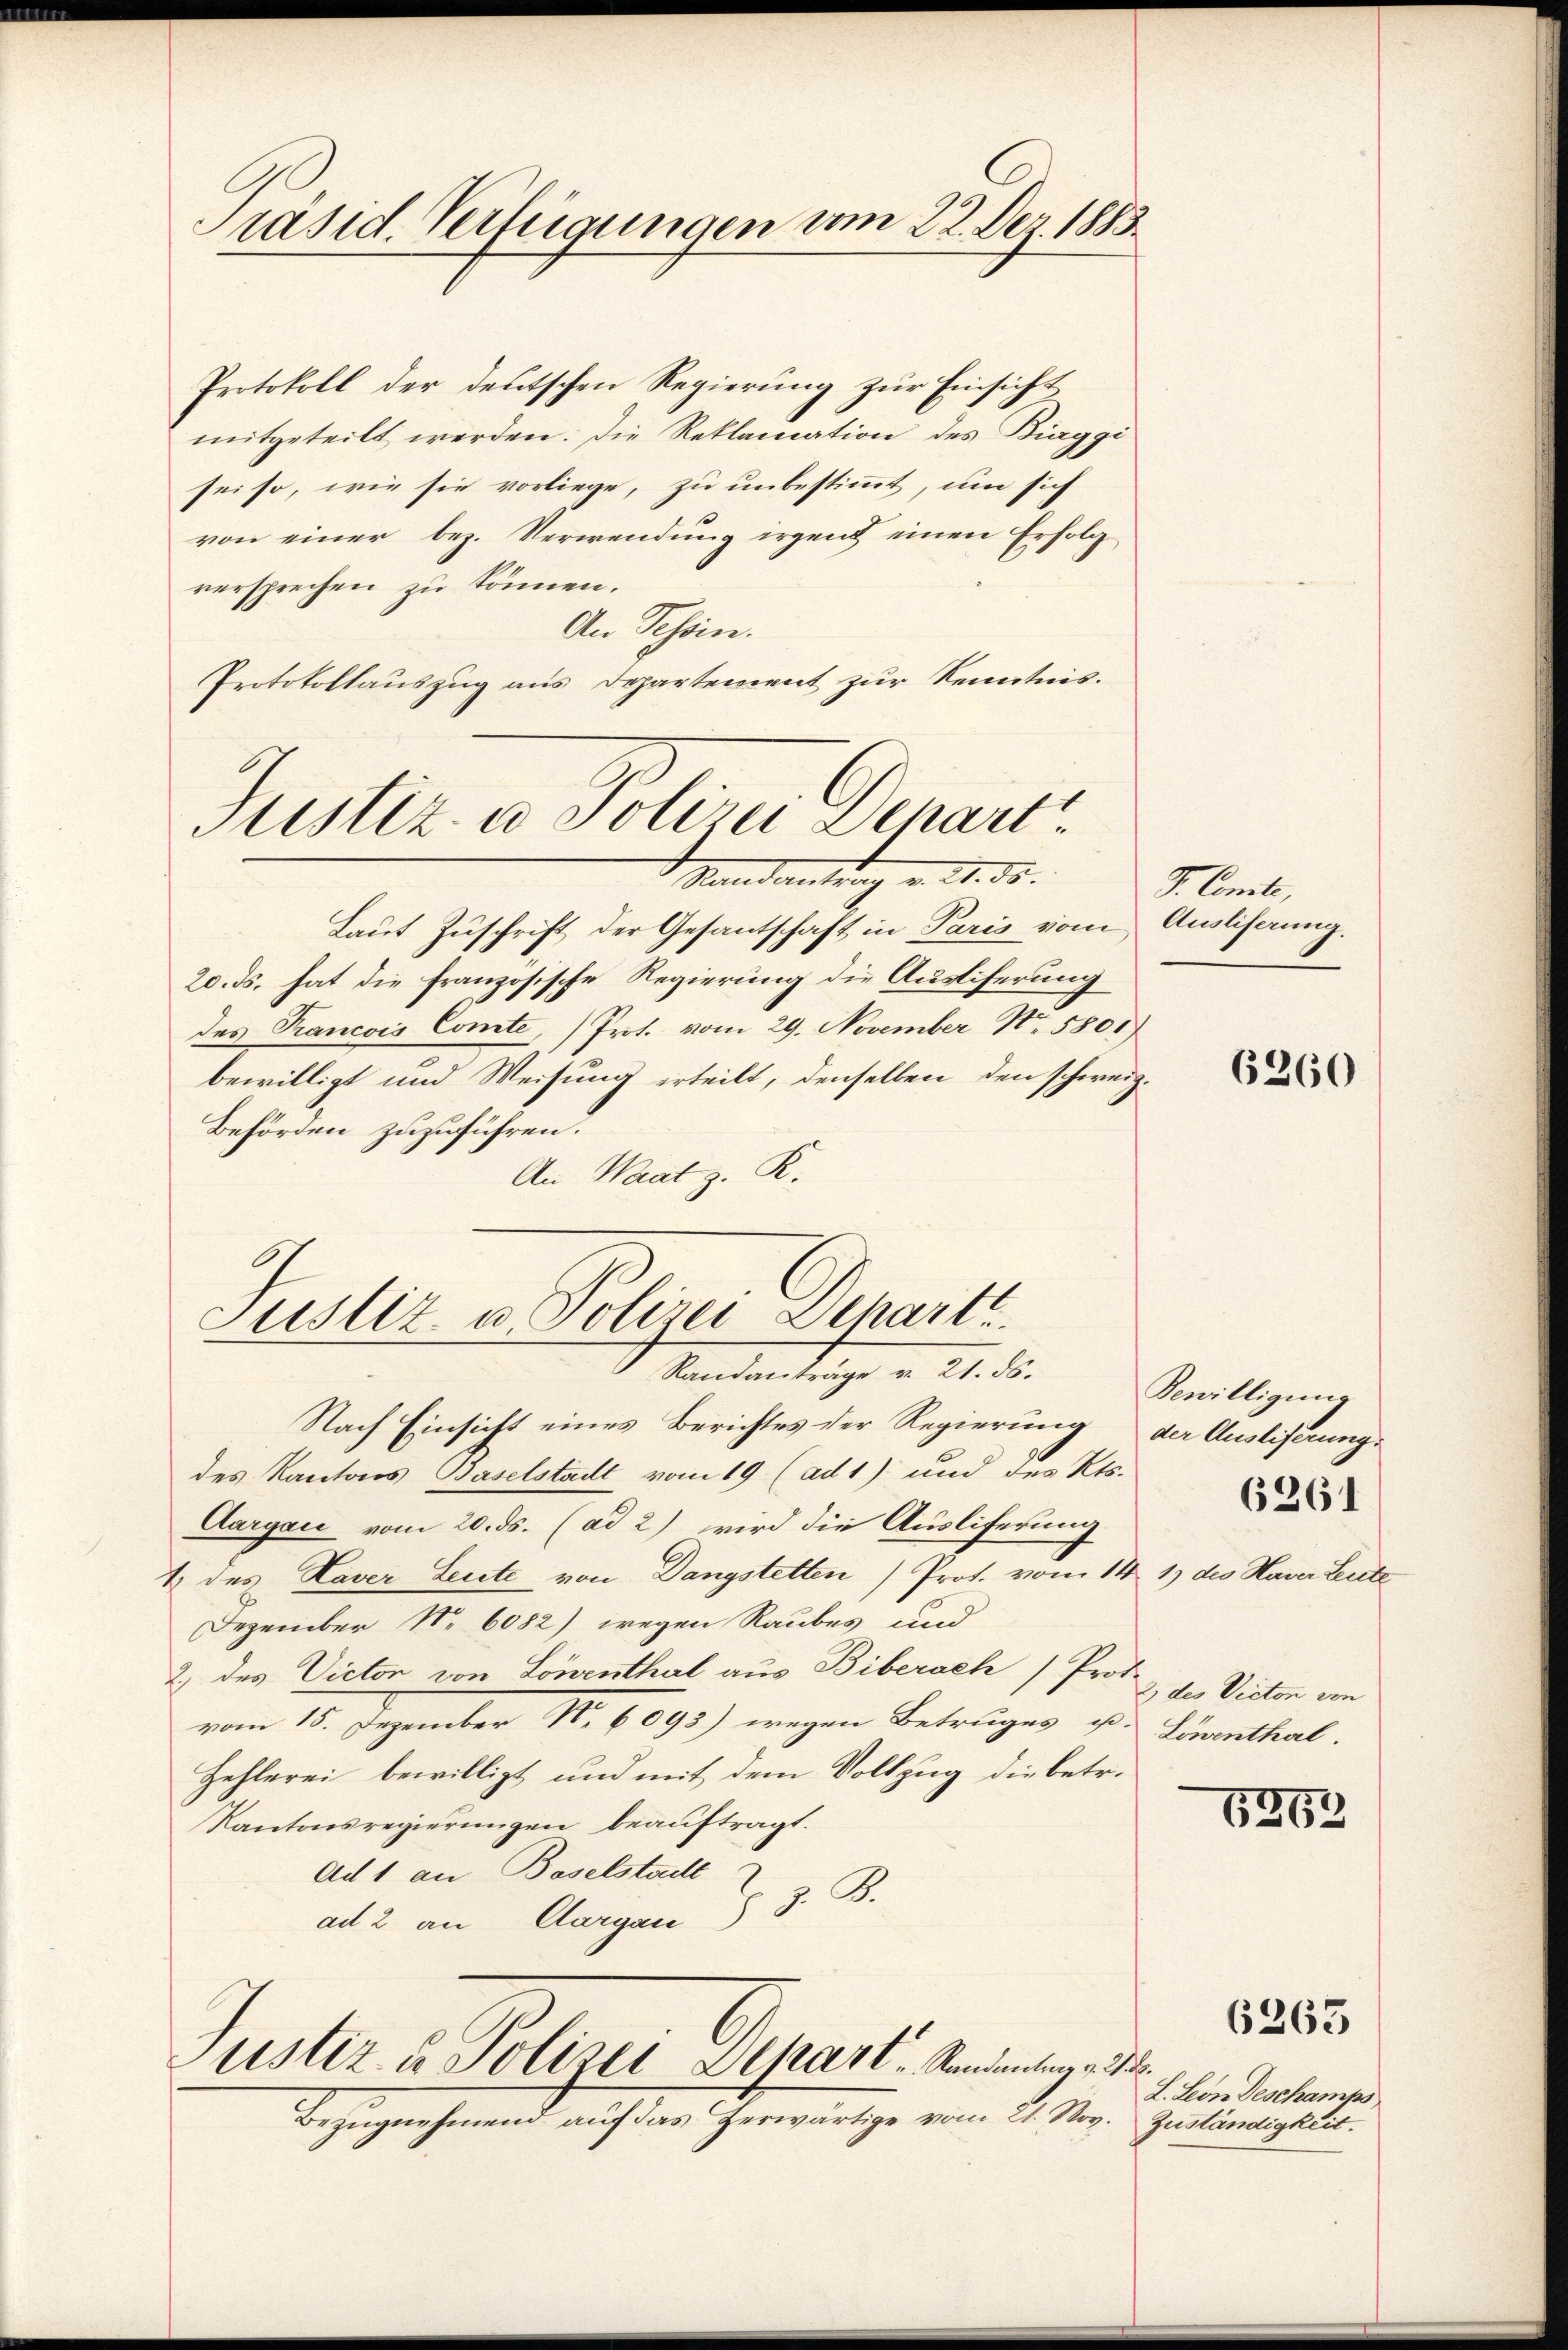
Präsid. Verfügungen am 22. Dez. 1883.

Protokoll der deutschen Regierung zur Einsicht
mitgeteilt werden. Die Reklamation des Biaggi
sei so, wie sie vorliege, zu unbestimmt, um sich
von einer bez. Verwendung irgens einen Erfolg
versprechen zu können.
An Schön.
Protokollauszug aus Departement zur Kenntnis.
Justiz- u Polizei Depart

Randant. 85.

Justiz- u Polizei Dehart
Randanträge v. 21. ds.
Nach Einsicht eines Berichtes der Regierung der Ausliferung.

Laut Zuschrift der Gesantschaft in Paris vom Auslihnung.
20. ds. hat die französische Regierung die Ausliferung
des Francois Comte, Prot. vom 29. November No. 5800)
bewilligt und Weisung erteilt, denselben den schweiz.
Behörden zuzuführen.
An Wrat z. R.

des Kantons Baselstadt vom 19 (ad1) und des Kts.
Aargau vom 20. ds. (ad 2) wird die Ausliferung
2 des Laver Leute von Dangstetten) Prot. vom 14. 1) des Haver Leute
Dezember Nr. 6082) wegen Raubes und
2) des Victor von Löwenthal aus Biberach Prot. 2 des Victor von
vom 15. Dezember 1. 6093) wegen Betruges u. Linthal.
Zehlerei bewilligt und mit dem Vollzug die betr.
Kantonsregierungen beauftragt.
Ad 1 an Baselstadt
ad 2 an Aargau § 3. B.

ustiz- u Polizei Depart. Sandelung 22.
Bezugnehmend auf das Herwärtige vom 21. Nov.

V. Concle,

6260

Bewilligung

6261

1253

b
L. Leon Deschamps,
Zuständigkeit.

6263